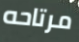
مرتاحه